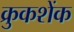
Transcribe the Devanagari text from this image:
क्रुकशेंक